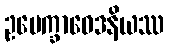
ဥပေက္ခာဝေဒနိယဿ